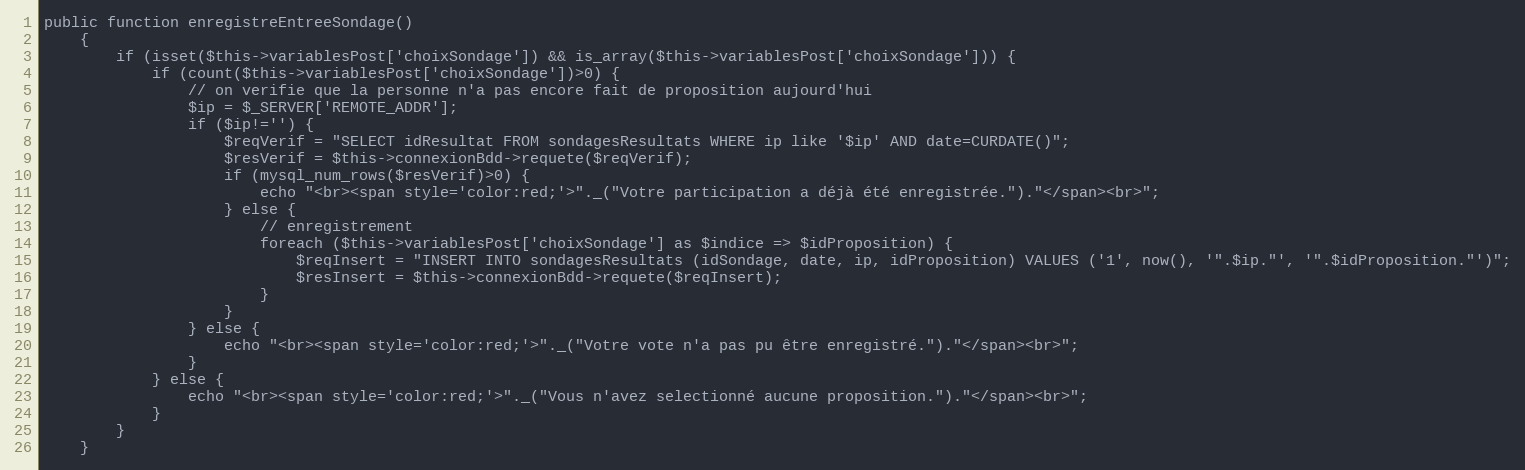
Language: PHP
public function enregistreEntreeSondage()
	{
		if (isset($this->variablesPost['choixSondage']) && is_array($this->variablesPost['choixSondage'])) {
			if (count($this->variablesPost['choixSondage'])>0) {
				// on verifie que la personne n'a pas encore fait de proposition aujourd'hui
				$ip = $_SERVER['REMOTE_ADDR'];
				if ($ip!='') {
					$reqVerif = "SELECT idResultat FROM sondagesResultats WHERE ip like '$ip' AND date=CURDATE()";
					$resVerif = $this->connexionBdd->requete($reqVerif);
					if (mysql_num_rows($resVerif)>0) {
						echo "<br><span style='color:red;'>"._("Votre participation a déjà été enregistrée.")."</span><br>";
					} else {
						// enregistrement
						foreach ($this->variablesPost['choixSondage'] as $indice => $idProposition) {
							$reqInsert = "INSERT INTO sondagesResultats (idSondage, date, ip, idProposition) VALUES ('1', now(), '".$ip."', '".$idProposition."')";
							$resInsert = $this->connexionBdd->requete($reqInsert);
						}
					}
				} else {
					echo "<br><span style='color:red;'>"._("Votre vote n'a pas pu être enregistré.")."</span><br>";
				}
			} else {
				echo "<br><span style='color:red;'>"._("Vous n'avez selectionné aucune proposition.")."</span><br>";
			}
		}
	}